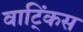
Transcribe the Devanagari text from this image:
वाट्किंस